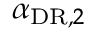
\alpha _ { \mathrm { D R } , 2 }